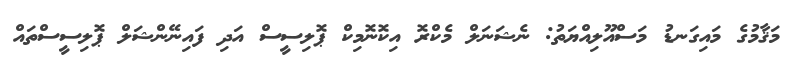
މަޤާމުގެ މައިގަނޑު މަސްއޫލިއްޔަތު: ނެޝަނަލް މެކްރޮ އިކޮނޮމިކް ޕޮލިސީސް އަދި ފައިނޭންޝަލް ޕޮލިސީސްތައް